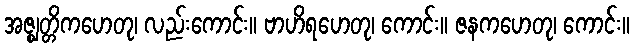
အဇ္ဈတ္တိကဟေတု၊ လည်းကောင်း။ ဗာဟိရဟေတု၊ ကောင်း။ ဇနကဟေတု၊ ကောင်း။